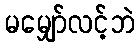
မမျှော်လင့်ဘဲ